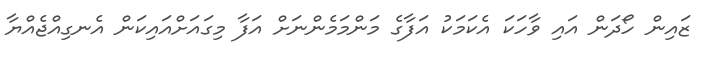
ޒައިން ހޯދަން އައި ވާހަކަ އެކަމަކު އަފާގެ މަންމަމެންނަށް އަފާ މިގައަށްއައިކަން އެނގިއްޖެއްޔާ